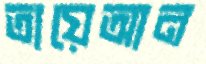
তায়েআন